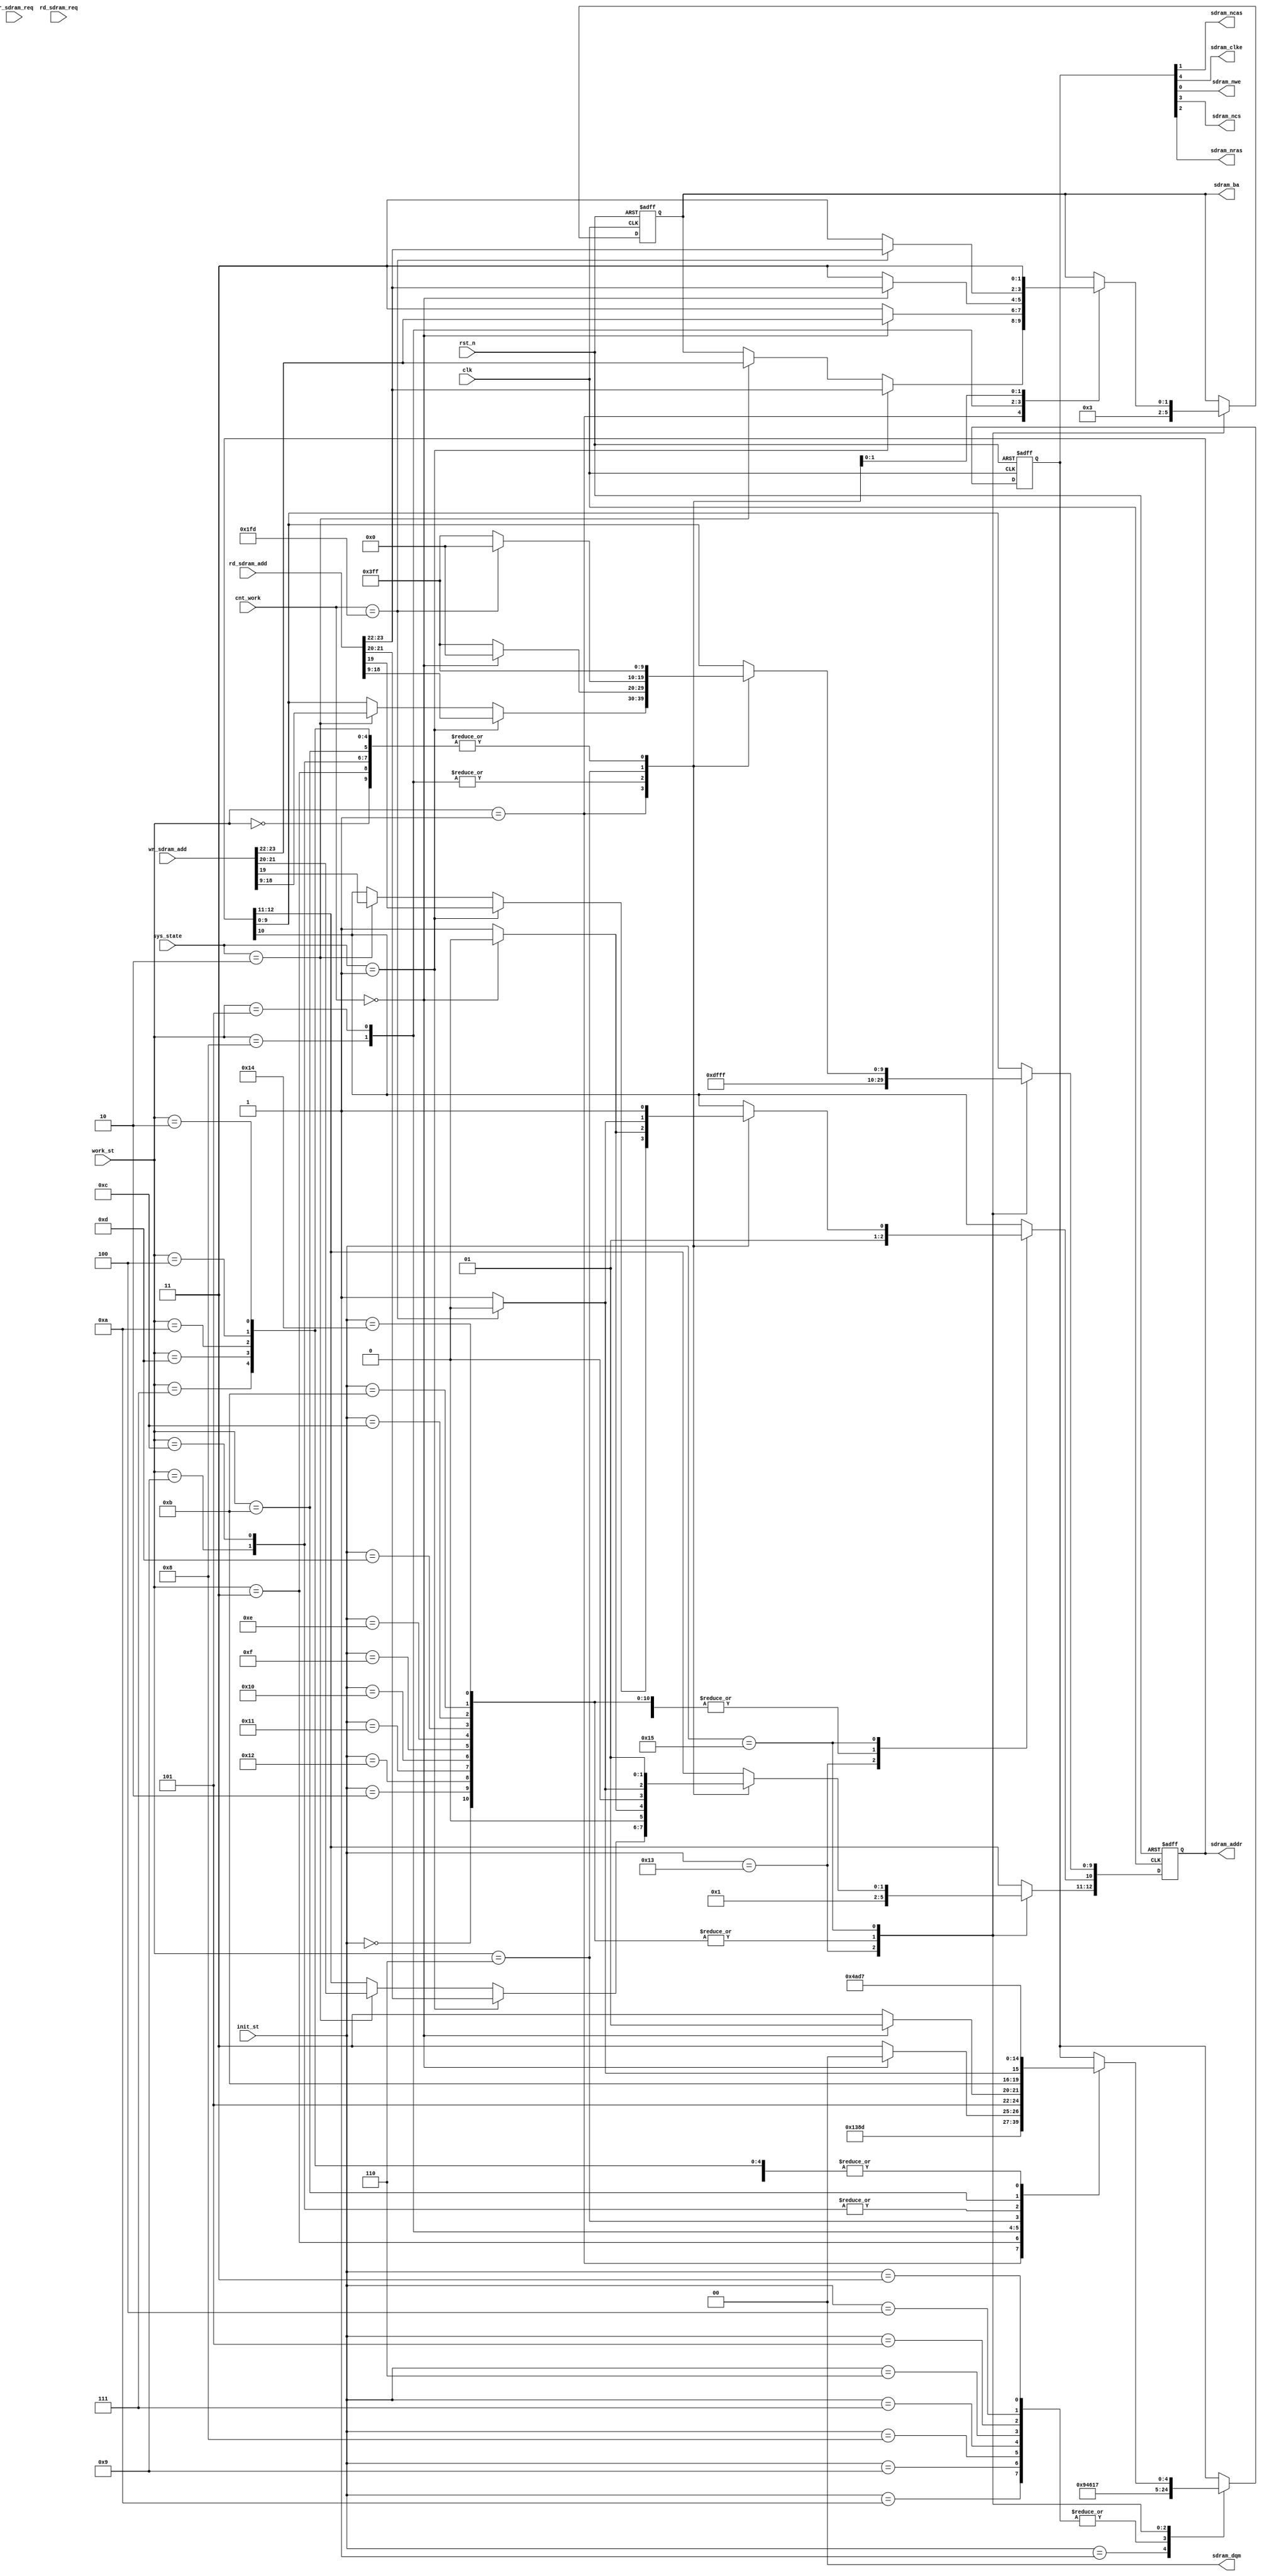
module sdram_cmd
(
	clk,
	rst_n,
	sdram_addr,
	sdram_ba,
	sdram_ncas,
	sdram_clke,
	sdram_nwe,
	sdram_ncs,
	sdram_dqm,
	sdram_nras,
	init_st,
	work_st,
	wr_sdram_add,
	rd_sdram_add,
	cnt_work,
	wr_sdram_req,
	rd_sdram_req,
	sys_state
);


	parameter	CMD_RST		= 5'b01111;		//5'd15;
	parameter	CMD_MRS		= 5'b10000;		//5'd16;
	parameter	CMD_ACT		= 5'b10011;		//5'd19;
	parameter	CMD_WR		= 5'b10100;		//5'd20;
	parameter	CMD_RD		= 5'b10101;		//5'd20;
	parameter	CMD_BSTOP	= 5'b10110;		//5'd22;
	parameter	CMD_NOP	 	= 5'b10111;		//5'd23;
	parameter	CMD_CHG	 	= 5'b10010;		//5'd18;
	parameter	CMD_REF	 	= 5'b10001;		//5'd17;
	                        
	parameter 	I_200us		= 5'd0;
	parameter 	I_pre 		= 5'd1;
	parameter 	I_wait_pre	= 5'd2;
	parameter 	I_refresh1 	= 5'd3;
	parameter 	I_refresh2 	= 5'd4;
	parameter 	I_refresh3 	= 5'd5;
	parameter 	I_refresh4 	= 5'd6;
	parameter 	I_refresh5 	= 5'd7;
	parameter 	I_refresh6 	= 5'd8;
	parameter 	I_refresh7 	= 5'd9;
	parameter 	I_refresh8 	= 5'd10;
	parameter 	I_wait_re1 	= 5'd11;
	parameter 	I_wait_re2 	= 5'd12;
	parameter 	I_wait_re3 	= 5'd13;
	parameter 	I_wait_re4 	= 5'd14;
	parameter 	I_wait_re5 	= 5'd15;
	parameter 	I_wait_re6 	= 5'd16;
	parameter 	I_wait_re7 	= 5'd17;
	parameter 	I_wait_re8 	= 5'd18;
	parameter 	I_mrs 		= 5'd19;
	parameter	I_wati_mrs	= 5'd20;
	parameter 	I_done 		= 5'd21;
	
	parameter	W_IDLE		= 4'd0;		//idle
	parameter	W_ACTIVE	= 4'd1;		//row active 
	parameter	W_TRCD		= 4'd2;		//row active wait time  min=20ns
	parameter	W_REF		= 4'd3;		//auto refresh
	parameter	W_RC		= 4'd4;		//auto refresh wait time min=63ns
	parameter	W_READ		= 4'd5;		//read cmd
	parameter	W_RDDAT		= 4'd6;		//read data
	parameter	W_CL		= 4'd7;		//cas latency
	parameter	W_WRITE		= 4'd8;		//auto write
	parameter	W_PRECH		= 4'd9;		//precharge
	parameter	W_TRP		= 4'd10;	//precharge wait time  min=20ns
	parameter	W_BSTOP		= 4'd11;	//precharge wait time  min=20ns
	parameter	W_CHGACT	= 4'd12;	//precharge before act
	parameter	W_TRPACT	= 4'd13;	//precharge before act
	
	
//	`include "sdram_para.v"
	input 			clk;
	input 			rst_n;
	input[4:0]		init_st;
	input[4:0] 		work_st;
	input[23:0]		wr_sdram_add;
	input[23:0]		rd_sdram_add;
	input[15:0]		cnt_work;
	input			wr_sdram_req;
	input           rd_sdram_req;
	input[2:0]		sys_state;
	output[12:0]	sdram_addr;
	output[1:0]		sdram_ba;
	output	 		sdram_ncas;
	output	 		sdram_clke;
	output	 		sdram_nwe;
	output	 		sdram_ncs;
	output[1:0]		sdram_dqm;
	output			sdram_nras;


	reg[4:0]		cmd_r = CMD_NOP;
	reg[12:0]		sdram_addr_r;
	reg[1:0]		sdram_ba_r = 2'b11;	
//						CLKE,CS,RAS,CAS,WE
	assign sdram_addr 	= sdram_addr_r;
	assign sdram_ba 	= sdram_ba_r;
	assign sdram_dqm    = 2'b00;
	assign {sdram_clke,sdram_ncs,sdram_nras,sdram_ncas,sdram_nwe} = cmd_r;
	
	always @(posedge clk or negedge rst_n) begin
		if(!rst_n) begin
			cmd_r			<= CMD_RST;
			sdram_addr_r 	<= 13'hfff;
			sdram_ba_r		<= 2'b11;
		end
		else begin
			case(init_st)
			I_200us: begin
				cmd_r <= CMD_NOP;
				sdram_addr_r 	<= 13'hfff;
				sdram_ba_r		<= 2'b11;
			end
			I_pre: begin
				cmd_r <= CMD_CHG;  
				sdram_addr_r[10] <= 1'b1;		// all bank  a[10] = 1'b1
			end
			I_wait_pre: begin
				cmd_r <= CMD_NOP;
				sdram_addr_r 	<= 13'hfff;
				sdram_ba_r		<= 2'b11;				
			end
			I_refresh1,I_refresh2,I_refresh3,I_refresh4,I_refresh5,
			I_refresh6,I_refresh7,I_refresh8: begin
				cmd_r <= CMD_REF;
			end
			I_wait_re1,I_wait_re2,I_wait_re3,I_wait_re4,I_wait_re5,
			I_wait_re6,I_wait_re7,I_wait_re8: begin
				cmd_r <= CMD_NOP;
				sdram_addr_r 	<= 13'hfff;
				sdram_ba_r		<= 2'b11;				
			end
			I_mrs: begin
				cmd_r <= CMD_MRS;
				sdram_ba_r		<= 2'b00;				
				sdram_addr_r 	<= {3'b0,
									1'b0, 	//A9 	:	burst read and write
									2'b0,
									3'b011, //A6A5A4: 	CAS latency = 3
									1'b0,   //A3	:	Sequential
									3'b111 	//A2A1A0:	burst length = full page
									};
			end
			I_wati_mrs: begin
				cmd_r <= CMD_NOP;
				sdram_addr_r 	<= 13'hfff;
				sdram_ba_r		<= 2'b11;				
			end
			// row addr:wr_sdram_add[21:9] 8192	, column addr:wr_sdram_add[8:0] 512
			I_done: begin
				case(work_st)
					W_IDLE : begin
						cmd_r <= CMD_NOP;
						sdram_addr_r 	<= 13'hfff;
						sdram_ba_r		<= 2'b11;				
					end
					W_ACTIVE : begin
						cmd_r <= CMD_ACT;
						if(sys_state == 1) begin
							sdram_addr_r <= rd_sdram_add[21:9];
							sdram_ba_r   <= rd_sdram_add[23:22];	
						end
						else if(sys_state == 2) begin
							sdram_addr_r <= wr_sdram_add[21:9];
							sdram_ba_r   <= wr_sdram_add[23:22];	
						end
					end
					W_REF : begin
						cmd_r <= CMD_REF;
						sdram_addr_r 	<= 13'hfff;
						sdram_ba_r		<= 2'b11;				
					end
					W_WRITE : begin
						if(cnt_work == 0)begin
							cmd_r <= CMD_WR;
							sdram_addr_r 	<= 0;
							sdram_ba_r		<= wr_sdram_add[23:22];
						end
						else begin
							cmd_r <= CMD_NOP;
							sdram_addr_r 	<= 13'hfff; 
							sdram_ba_r		<= 2'b11;
						end
					end
					W_READ : begin
						if(cnt_work == 0)begin
							cmd_r <= CMD_RD;
							sdram_addr_r 	<= 0;
							sdram_ba_r		<= rd_sdram_add[23:22];
						end 
						else begin
							cmd_r <= CMD_NOP;
							sdram_addr_r 	<= 13'hfff; 
							sdram_ba_r		<= 2'b11;
						end
					end
					W_RDDAT : begin
						if(cnt_work == 509)begin
							cmd_r <= CMD_BSTOP;
							sdram_addr_r 	<= 0;
							sdram_ba_r		<= rd_sdram_add[23:22];
						end
						else begin
							cmd_r <= CMD_NOP;
							sdram_addr_r 	<= 13'hfff; 
							sdram_ba_r		<= 2'b11;
						end
					end
					W_PRECH : begin
						cmd_r <= CMD_CHG;
						sdram_addr_r 	<= 13'hfff; // A10=1 -> all banks
						sdram_ba_r		<= 2'b11;
					end
					W_CHGACT : begin
						cmd_r <= CMD_CHG;
						sdram_addr_r 	<= 13'hfff; // A10=1 -> all banks
						sdram_ba_r		<= 2'b11;
					end
					W_BSTOP : begin
						cmd_r <= CMD_BSTOP;
						sdram_addr_r 	<= 13'hfff; // A10=1 -> all banks
						sdram_ba_r		<= 2'b11;
					end
					W_TRCD,W_RC,W_TRP,W_TRPACT,W_CL: begin
						cmd_r <= CMD_NOP;
						sdram_addr_r 	<= 13'hfff;
						sdram_ba_r		<= 2'b11;				
					end
				endcase
			end
			endcase
		end
	end
endmodule